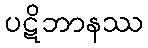
ပဋိဘာနဿ